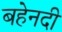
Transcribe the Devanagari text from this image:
बहेनदी